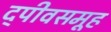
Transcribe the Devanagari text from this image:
द्पीवसमूह